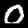
Label: 0